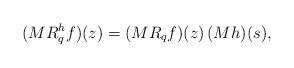
LaTeX: \begin{align*} (MR^h_q f)(z) = (MR_q f)(z) \, (Mh)(s),\end{align*}